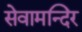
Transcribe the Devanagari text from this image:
सेवामन्दिर